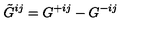
\tilde { G } ^ { i j } = G ^ { + i j } - G ^ { - i j }